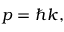
{ \boldsymbol { p } } = \hbar { \boldsymbol { k } } ,